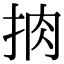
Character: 𢫭